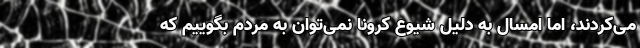
می‌کردند، اما امسال به دلیل شیوع کرونا نمی‌توان به مردم بگوییم که